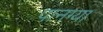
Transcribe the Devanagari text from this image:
पानग्या